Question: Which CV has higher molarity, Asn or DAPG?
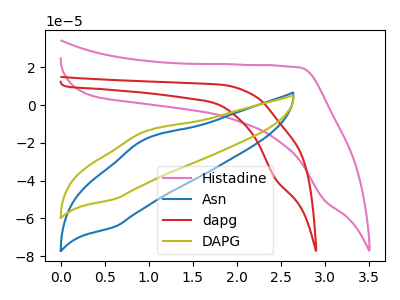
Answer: <think>The pink curve "Histadine" has no peaks. The blue curve "Asn" has an anodic peak at (0.95V, -18.35uA) and a cathodic peak at (0.60V, -64.45uA). The red curve "dapg" has a cathodic peak at: (2.45V, -39.05uA). The olive curve "DAPG" has an anodic peak at (0.95V, -14.15uA) and a cathodic peak at (0.60V, -49.75uA).
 All the peaks in "Asn" have a peak in "DAPG" at the same potential.</think>
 <answer>I cant tell if "Asn" or "DAPG" has higher concentration.</answer>
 <eval>mixed_concentration</eval>